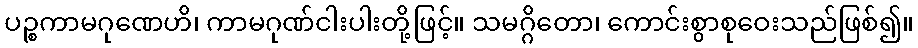
ပဉ္စကာမဂုဏေဟိ၊ ကာမဂုဏ်ငါးပါးတို့ဖြင့်။ သမဂ္ဂိတော၊ ကောင်းစွာစုဝေးသည်ဖြစ်၍။